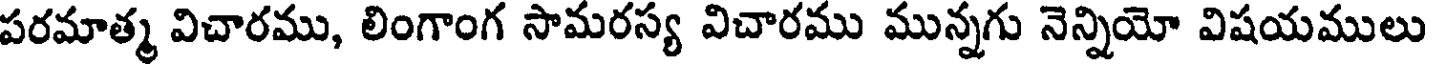
పరమాత్మ విచారము, లింగాంగ సామరస్య విచారము మున్నగు నెన్నియో విషయములు